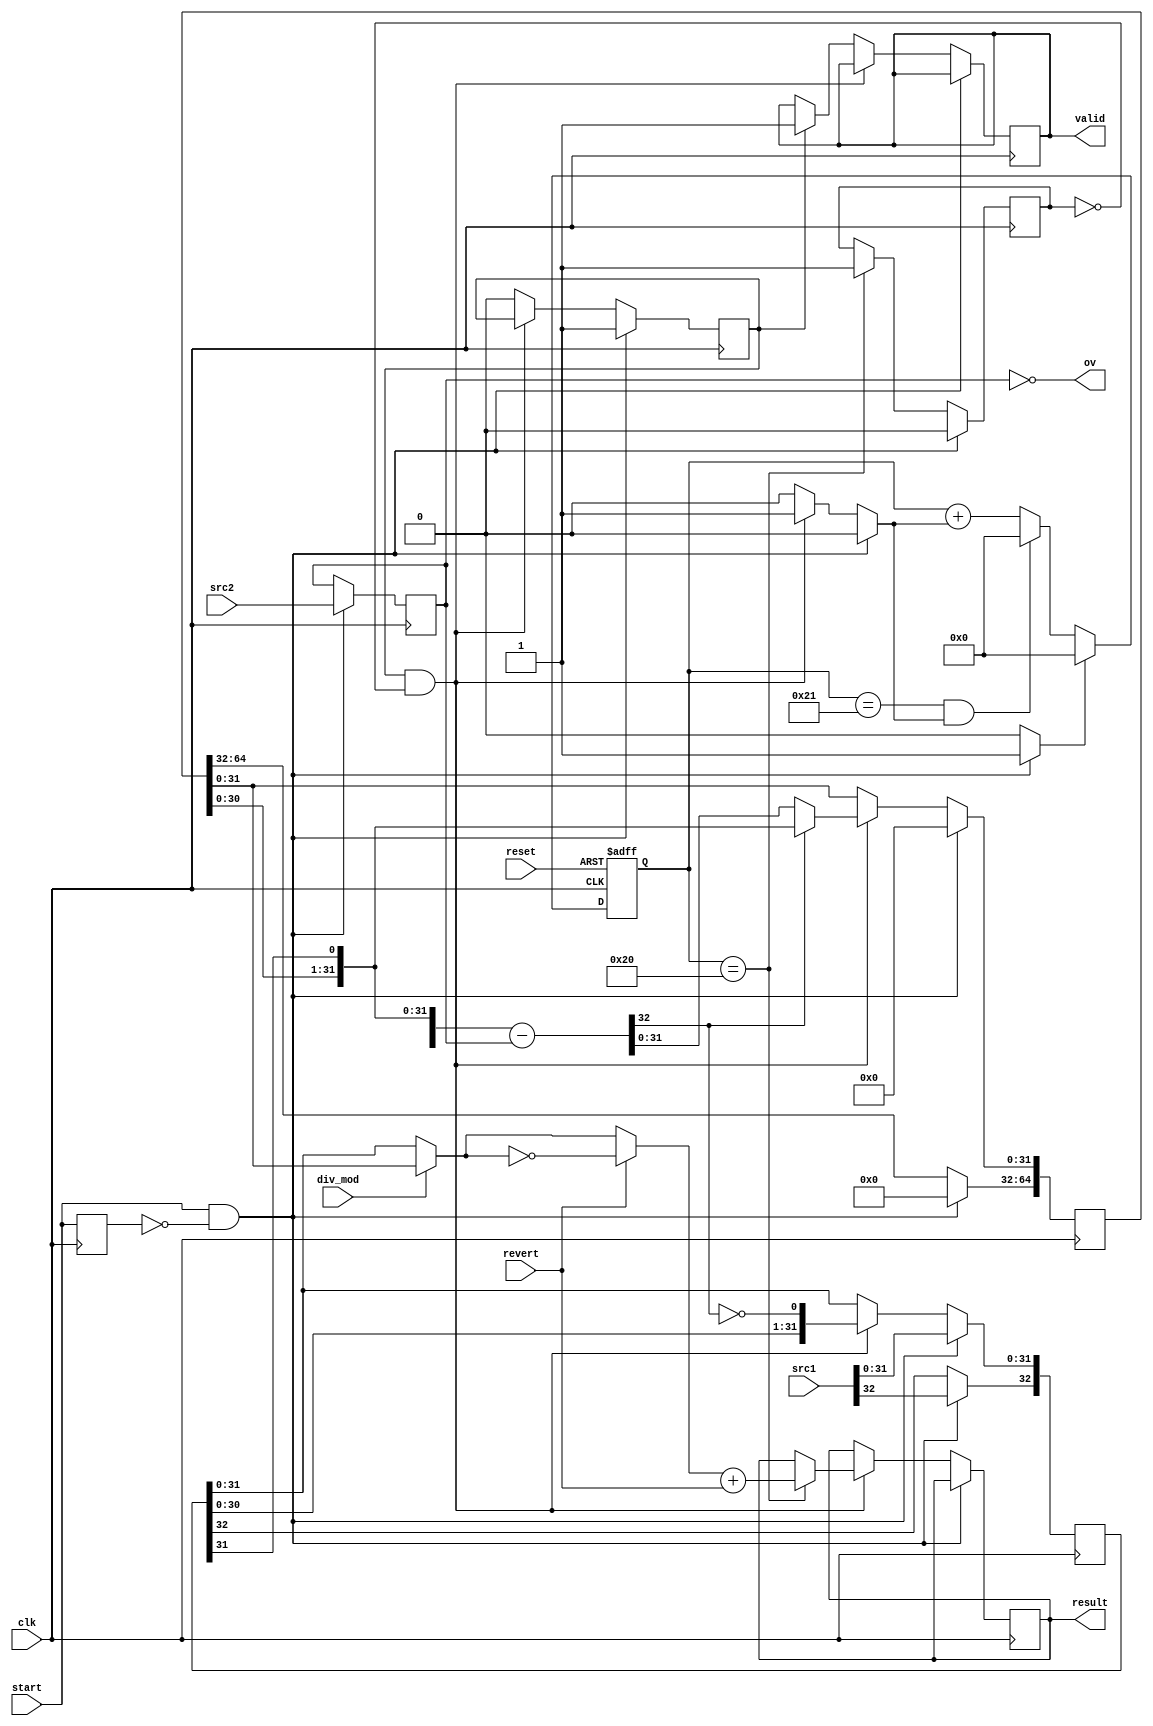
// scala

module DIV (
  input      [32:0]   src1,
  input      [31:0]   src2,
  input               start,
  input               div_mod,
  input               revert,
  output     [31:0]   result,
  output              valid,
  output              ov,
  input               clk,
  input               reset
);
  wire                _zz_3_;
  wire                _zz_4_;
  wire       [0:0]    _zz_5_;
  wire       [5:0]    _zz_6_;
  wire       [32:0]   _zz_7_;
  wire       [31:0]   _zz_8_;
  wire       [31:0]   _zz_9_;
  wire       [32:0]   _zz_10_;
  wire       [32:0]   _zz_11_;
  wire       [32:0]   _zz_12_;
  wire       [32:0]   _zz_13_;
  wire       [0:0]    _zz_14_;
  wire       [32:0]   _zz_15_;
  reg        [32:0]   src1_1_;
  reg        [31:0]   src2_1_;
  reg        [64:0]   accumulator;
  reg        [31:0]   result_1_;
  reg                 counter_willIncrement;
  reg                 counter_willClear;
  reg        [5:0]    counter_valueNext;
  reg        [5:0]    counter_value;
  wire                counter_willOverflowIfInc;
  wire                counter_willOverflow;
  reg                 running;
  reg                 done;
  reg                 valid_1_;
  reg                 start_regNext;
  wire       [31:0]   _zz_1_;
  wire       [32:0]   DIV_stg_0_remainderShifted;
  wire       [32:0]   DIV_stg_0_remainderMinusDenominator;
  wire       [31:0]   DIV_stg_0_outRemainder;
  wire       [31:0]   DIV_stg_0_outNumerator;
  wire       [31:0]   _zz_2_;

  assign _zz_3_ = (start && (! start_regNext));
  assign _zz_4_ = (running && (! done));
  assign _zz_5_ = counter_willIncrement;
  assign _zz_6_ = {5'd0, _zz_5_};
  assign _zz_7_ = {1'd0, src2_1_};
  assign _zz_8_ = DIV_stg_0_remainderMinusDenominator[31:0];
  assign _zz_9_ = DIV_stg_0_remainderShifted[31:0];
  assign _zz_10_ = {_zz_1_,(! DIV_stg_0_remainderMinusDenominator[32])};
  assign _zz_11_ = _zz_12_;
  assign _zz_12_ = _zz_13_;
  assign _zz_13_ = ({1'b0,(revert ? (~ _zz_2_) : _zz_2_)} + _zz_15_);
  assign _zz_14_ = revert;
  assign _zz_15_ = {32'd0, _zz_14_};
  always @ (*) begin
    counter_willIncrement = 1'b0;
    if(! _zz_3_) begin
      if(_zz_4_)begin
        counter_willIncrement = 1'b1;
      end
    end
  end

  always @ (*) begin
    counter_willClear = 1'b0;
    if(_zz_3_)begin
      counter_willClear = 1'b1;
    end
  end

  assign counter_willOverflowIfInc = (counter_value == 6'h21);
  assign counter_willOverflow = (counter_willOverflowIfInc && counter_willIncrement);
  always @ (*) begin
    if(counter_willOverflow)begin
      counter_valueNext = 6'h0;
    end else begin
      counter_valueNext = (counter_value + _zz_6_);
    end
    if(counter_willClear)begin
      counter_valueNext = 6'h0;
    end
  end

  assign valid = valid_1_;
  assign result = result_1_;
  assign ov = (src2_1_ == 32'h0);
  assign _zz_1_ = src1_1_[31 : 0];
  assign DIV_stg_0_remainderShifted = {accumulator[31 : 0],_zz_1_[31]};
  assign DIV_stg_0_remainderMinusDenominator = (DIV_stg_0_remainderShifted - _zz_7_);
  assign DIV_stg_0_outRemainder = ((! DIV_stg_0_remainderMinusDenominator[32]) ? _zz_8_ : _zz_9_);
  assign DIV_stg_0_outNumerator = _zz_10_[31:0];
  assign _zz_2_ = (div_mod ? accumulator[31 : 0] : src1_1_[31 : 0]);
  always @ (posedge clk or posedge reset) begin
    if (reset) begin
      counter_value <= 6'h0;
    end else begin
      counter_value <= counter_valueNext;
    end
  end

  always @ (posedge clk) begin
    if((counter_value == 6'h20))begin
      done <= 1'b1;
    end
    start_regNext <= start;
    if(_zz_3_)begin
      src1_1_ <= src1;
      src2_1_ <= src2;
      accumulator <= 65'h0;
      running <= 1'b1;
      done <= 1'b0;
    end else begin
      if(_zz_4_)begin
        src1_1_[31 : 0] <= DIV_stg_0_outNumerator;
        accumulator[31 : 0] <= DIV_stg_0_outRemainder;
        if((counter_value == 6'h20))begin
          result_1_ <= _zz_11_[31:0];
        end
      end else begin
        if(running)begin
          valid_1_ <= 1'b1;
          running <= 1'b0;
        end
      end
    end
  end


endmodule